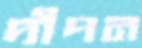
দীপন